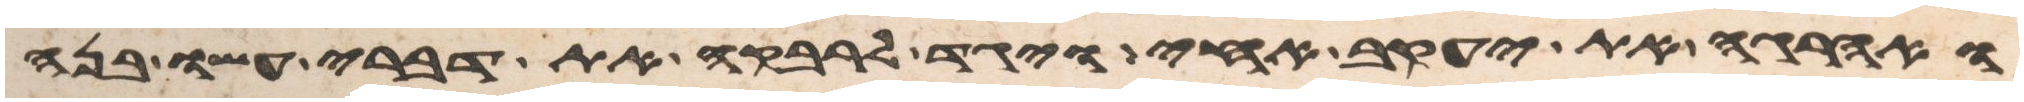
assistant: ואהרגה את יעקב אחי ויגד לרבקה את דברי עשו בנה